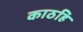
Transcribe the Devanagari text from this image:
काठहि